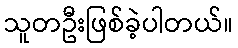
သူတဦးဖြစ်ခဲ့ပါတယ်။